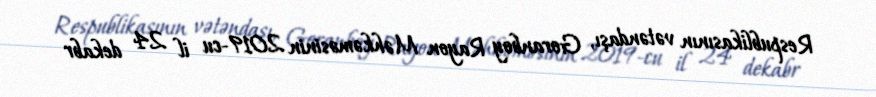
Respublikasının vətəndaşı, Goranboy Rayon Məhkəməsinin 2019-cu il 24 dekabr